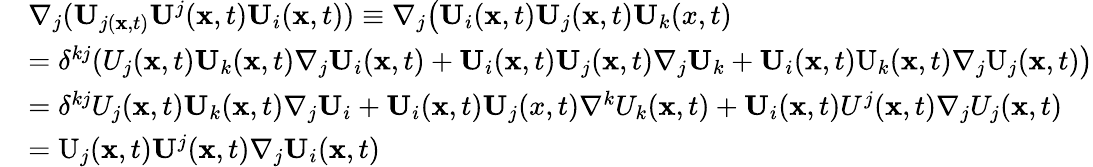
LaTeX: \begin{array}{rl}&{\nabla_{j}(\mathbf{U}_{j(\mathbf{x},t)}\mathbf{U}^{j}(\mathbf{x},t)\mathbf{U}_{i}(\mathbf{x},t))\equiv\nabla_{j}\big(\mathbf{U}_{i}(\mathbf{x},t)\mathbf{U}_{j}(\mathbf{x},t)\mathbf{U}_{k}(x,t)}\\ &{=\delta^{kj}(U_{j}(\mathbf{x},t)\mathbf{U}_{k}(\mathbf{x},t)\nabla_{j}\mathbf{U}_{i}(\mathbf{x},t)+\mathbf{U}_{i}(\mathbf{x},t)\mathbf{U}_{j}(\mathbf{x},t)\nabla_{j}\mathbf{U}_{k}+\mathbf{U}_{i}(\mathbf{x},t)\mathrm{U}_{k}(\mathbf{x},t)\nabla_{j}\mathrm{U}_{j}(\mathbf{x},t)\big)}\\ &{=\delta^{kj}U_{j}(\mathbf{x},t)\mathbf{U}_{k}(\mathbf{x},t)\nabla_{j}\mathbf{U}_{i}+\mathbf{U}_{i}(\mathbf{x},t)\mathbf{U}_{j}(x,t)\nabla^{k}U_{k}(\mathbf{x},t)+\mathbf{U}_{i}(\mathbf{x},t)U^{j}(\mathbf{x},t)\nabla_{j}U_{j}(\mathbf{x},t)}\\ &{=\mathrm{U}_{j}(\mathbf{x},t)\mathbf{U}^{j}(\mathbf{x},t)\nabla_{j}\mathbf{U}_{i}(\mathbf{x},t)}\end{array}